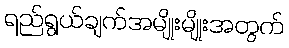
ရည်ရွယ်ချက်အမျိုးမျိုးအတွက်